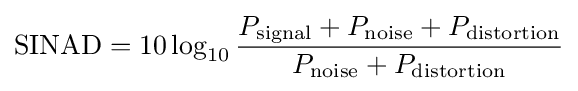
\mathrm {SINAD} =10\log _{10}{\frac {P_{\text{signal}}+P_{\text{noise}}+P_{\text{distortion}}}{P_{\text{noise}}+P_{\text{distortion}}}}